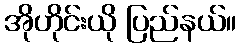
အိုဟိုင်းယို ပြည်နယ်။